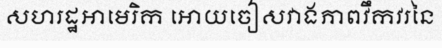
សហរដ្ឋអាមេរិក អោយចៀសវាងភាពវឹកវរនៃ